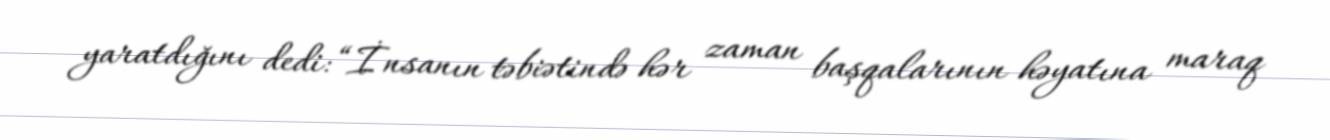
yaratdığını dedi: “İnsanın təbiətində hər zaman başqalarının həyatına maraq